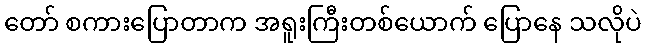
တော် စကားပြောတာက အရူးကြီးတစ်ယောက် ပြောနေ သလိုပဲ